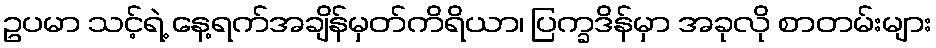
ဥပမာ သင့်ရဲ့ နေ့ရက်အချိန်မှတ်ကိရိယာ၊ ပြက္ခဒိန်မှာ အခုလို စာတမ်းများ